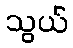
သွယ်